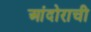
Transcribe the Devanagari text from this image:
आंदोराची